Scottish Leaving Certificate Examination, 1956
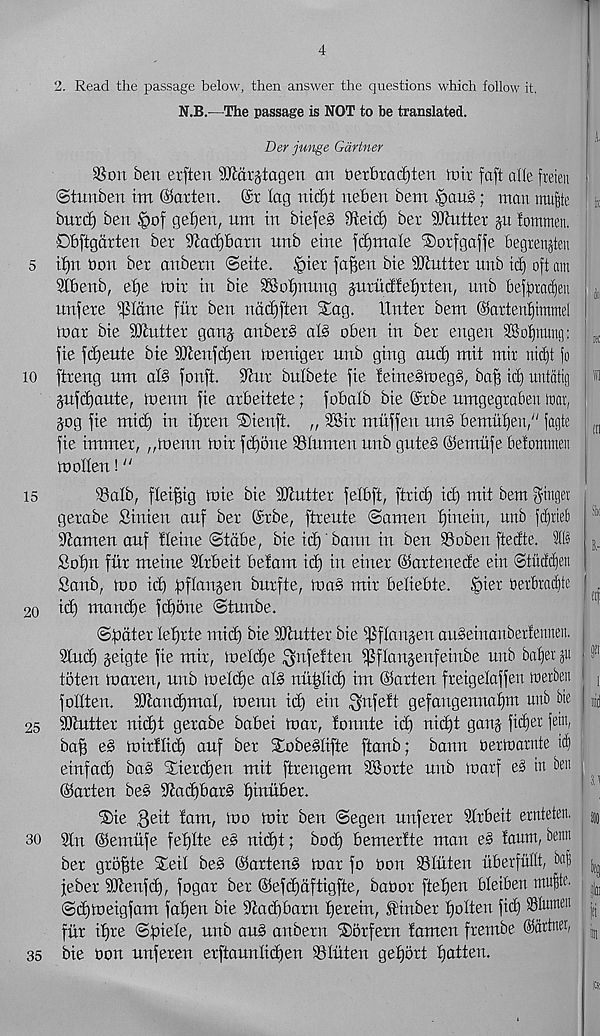
4
2. Read the passage below, then answer the questions which follow it.
N.B.—The passage is NOT to he translated.
Der junge Gartner
2$on ben erften 9D£or§tagen on bexbractjten mix faft die freien
©tunben tm ©axten. @x lag nicfjt neben bem .‘paus; man inufjte
buxcf) ben §of ge£jen, um in btefeS iKetd) bex iKuttex jtt fommen.
Dbftgaxten bex ^adjboxn unb eine fd)male ®oxfgaffe begxenjten
5 tf)n bon bex anbexn ©eite. §iex fa^en bte Muttex unb id) oft am
Stbenb, et)e mix in bie SSo^nung guxitcf!ef)xten 7 unb beffoxac^eu
unfexe $Iane fitx ben nddjften Stag.
IXntex bem ©axteriffimmel
max bie SJcuttex ganj anbexb alb obeu in bex eugeu 28ot)nuug:
fie fdjeute bie 9Jtenfci)en toenigex nnb ging and) mit mix nidft fo
10 ftxeng um alb fonft. 9?ux bnlbete fie feinebtoegb, baff ic^ untatig
^ufd)aute, menu fie axbeitete; fobalb bie @xbe umgegxaben mat,
jog fie mid) in itfxen ®ienft. ,, 28ix mitffen nnb bemufteu," fagte
fie immex, ,,foenn mix fdjone SSIumen nnb guteb ©emitfe belommen
moden! “
15
35alb, fteifmg mie bie SKuttex felbft, ftxid) id) mit bem §tnget
gexabe Sinien auf bex @xbe, ftxeute ©amen fjinein, unb f^tteb
Stamen anf tleine ©tctbe, bie id)' bann in ben SSoben ftedte. lb
Sofjn fnx meine Stxbeit befam id) in einex ©axtenede ein ©titcWieu
Sanb, mo id) faflanjen bnxfte, mab mix beliebte. §iex bexbra^te
20 id) mand)e fdbone ©tunbe.
©fadtex Ief)xte mid) bie SQtuttex bie ifjflaujen anbeinanbextennen.
2lnd) jeigte fie mix, meld)e ^nfeften ipflanjenfeinbe nub batjex ju
toten maxen, nnb meldje alb nii^Iid) im ©axten fxeigelaffen toerben
follten. SJtandjmal, menu id) ein ^nfett gefangennafjm unb bte
25 SDcuttex nid)t gexabe babei max, fonnte id) nid)t gang- fidjer fein,
ba§ eb mixflid) auf bex Stobebtifte ftanb; bann bexmaxnte tclt
einfad) bab Stiexdjen mit ftxengem SSoxte unb maxf eb in ben
(iSaxten beb iitadjbaxb fjinubex.
®ie Beit fam, mo mix ben ©egen unfexex Stxbeit exntetcn.
30 2ln ©emufe fetjlte eb nid)t; bod) bemexfte man eb fautn, betm
bex gxo^te Xeil beb (iSaxtenb max fo Don SInten ubexfuflt, baf
jebex SJtenfd), fogax bex ©efd)dftigfte, babox ftetjen bleiben rnufte.
©djmeigfam fafjen bie Stacbbaxn fjexein, f inbex gotten fid) SSIuw 01
fiix tlfxe ©piete, unb aub anbexn SSoxfexn famen fxembe ©attner,
35 bie bon nnfexen exftauntid)en tBIuten gefjbxt t)atteu.